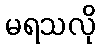
မရသလို